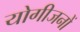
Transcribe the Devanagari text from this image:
योगीजनों